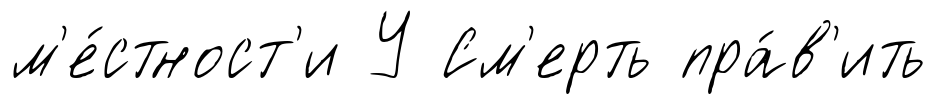
м'е́стност'и У См'ерть пра́в'ить